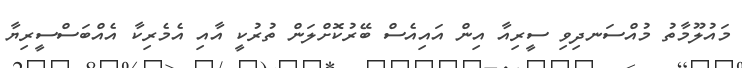
މައުލޫމާތު މުއްސަނދިވި ސީރިއާ އިން އައިއެސް ބޭރުކޮށްލަން ތުރުކީ އާއި އެމެރިކާ އެއްބަސްސީރިޔާ